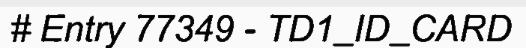
# Entry 77349 - TD1_ID_CARD